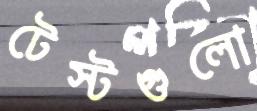
টেস্টগুলো